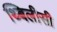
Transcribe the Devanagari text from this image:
थ्बिलीसी